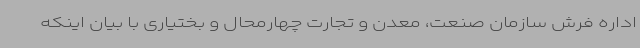
اداره فرش سازمان صنعت، معدن و تجارت چهارمحال و بختیاری با بیان اینکه